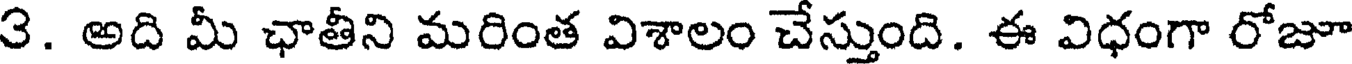
3. అది మీ ఛాతీని మరింత విశాలం చేస్తుంది. ఈ విధంగా రోజూ